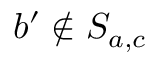
b ^ { \prime } \notin S _ { a , c }